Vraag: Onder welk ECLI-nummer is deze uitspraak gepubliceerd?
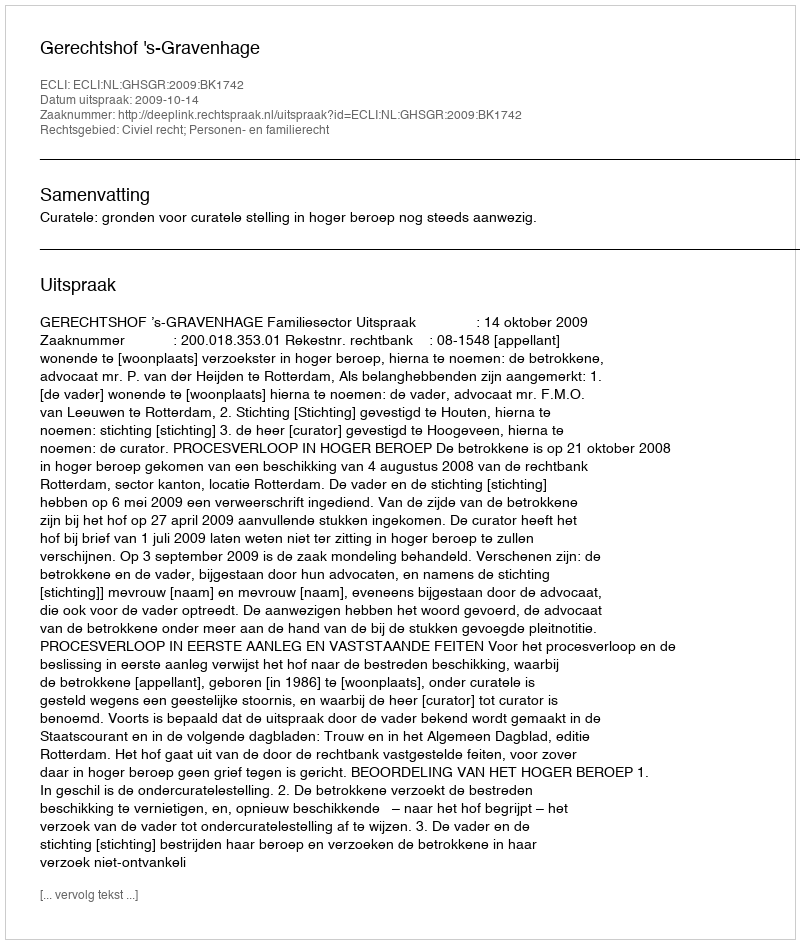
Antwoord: ECLI:NL:GHSGR:2009:BK1742